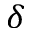
\delta